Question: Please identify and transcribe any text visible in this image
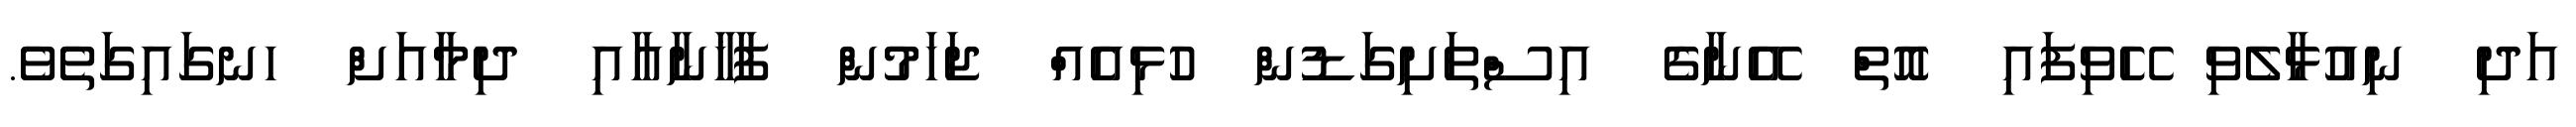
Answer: އަދި ނިއުޅާލެވި ހޭވިފައި އޮތް އޭނާގެ އިސްތަށިގަޑުން ހުޅިއެއް ޖަހަމުން ފާޚާނާއާއި ދިމާއަށް ހނގައިގަތެވެ.